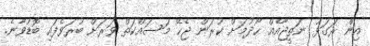
އިން ރަގަޅު ނަތީޖާއެއް ހޯދުމަށް ކުރަން ޖެހޭ މަސައްކަތް ވަރަށް ބުރަވެފައި ބޮޑުވާނެ.